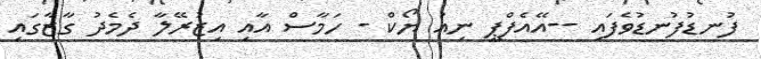
ފުނޑުފުނޑުވެފައި --އޭއެފްޕީ ނިއު ޔޯކް - ހަމާސް އާއި އިޒުރޭލާ ދެމެދު ގާޒާގައި